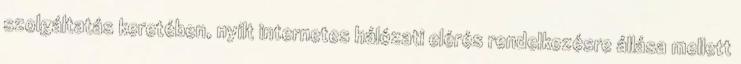
szolgáltatás keretében, nyílt internetes hálózati elérés rendelkezésre állása mellett